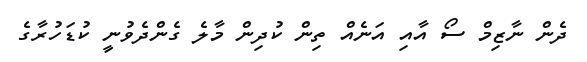
ދެން ނާޒިމް ސޯ އާއި އަނެއް ތިން ކުދިން މާލެ ގެންދެވުނީ ކުޑަހުރާގެ